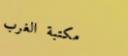
مكتبة الغرب